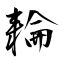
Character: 耣